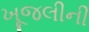
ખૂજલીની